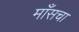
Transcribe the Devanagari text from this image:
माँसचा